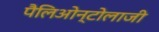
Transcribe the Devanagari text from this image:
पैलिओन्टोलाजी